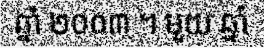
ឆ្នាំ ២០០៣ ។ មួយ ឆ្នាំ